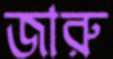
জারু